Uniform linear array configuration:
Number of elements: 16
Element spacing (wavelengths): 0.25
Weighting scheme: exponential
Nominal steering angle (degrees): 60
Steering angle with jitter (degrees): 59.628
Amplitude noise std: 0.05
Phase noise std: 0.05

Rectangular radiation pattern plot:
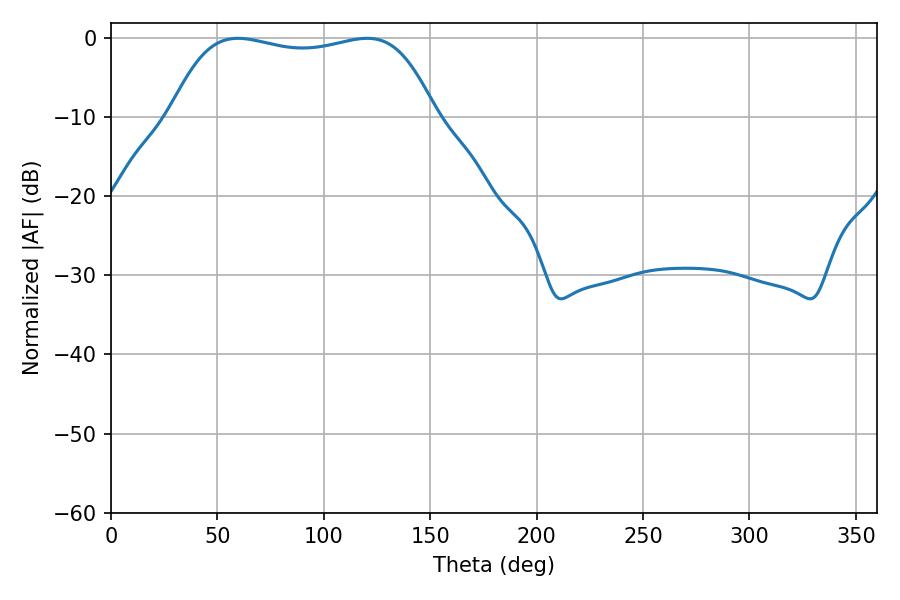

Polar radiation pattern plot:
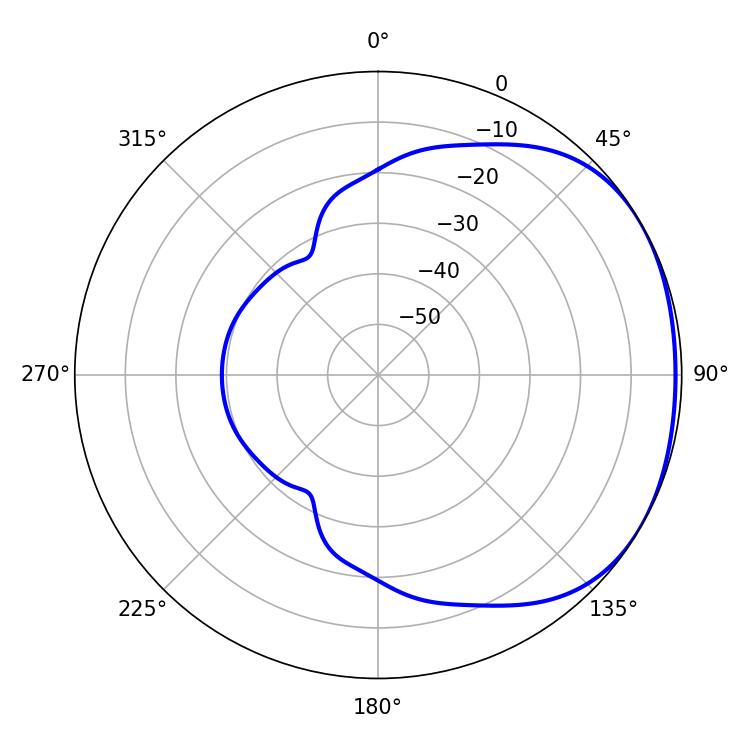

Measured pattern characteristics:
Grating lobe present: FALSE
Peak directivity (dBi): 1.581
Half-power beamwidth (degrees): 99.36
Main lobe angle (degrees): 59.58